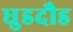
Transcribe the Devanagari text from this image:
घुडदौड